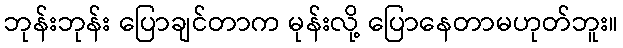
ဘုန်းဘုန်း ပြောချင်တာက မုန်းလို့ ပြောနေတာမဟုတ်ဘူး။